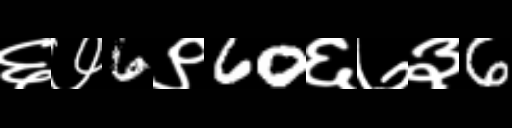
Text: ६७6९60६७३6